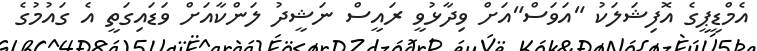
އެމްޑީޕީގެ އޮފިޝަލަކު "އަވަސް"އަށް ވިދާޅުވީ ރައީސް ނަޝީދު ލަންކާއަށް ވަޑައިގަތީ އެ ގައުމުގެ